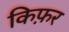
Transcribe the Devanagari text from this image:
किफ़र